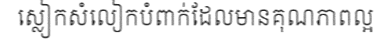
ស្លៀកសំលៀកបំពាក់ដែលមានគុណភាពល្អ